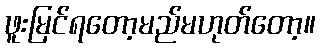
ဖူးမြင်ရတော့မည်မဟုတ်တော့။